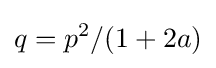
q=p^{2}/(1+2a)